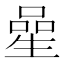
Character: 𠻖